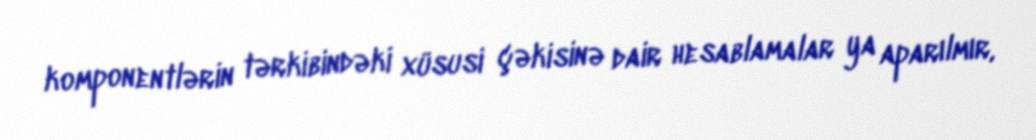
komponentlərin tərkibindəki xüsusi çəkisinə dair hesablamalar ya aparılmır,